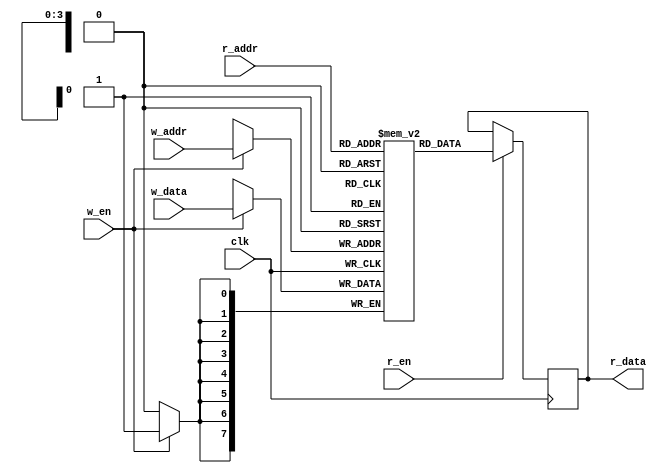
// Inferred block RAM

module ram  #(
    parameter INIT_FILE = ""
)
(
    // Inputs
    input       clk,
    input       w_en,
    input       r_en,
    input [3:0] w_addr,
    input [3:0] r_addr,
    input [7:0] w_data,

    // Output
    output reg [7:0] r_data
    );

    // Memory block, 8 bits wide, 16 bytes deep
    reg [7:0] mem [0:15];

    // Interact with the memory block
    always @ (posedge clk) begin

        // Write
        if (w_en == 1'b1)
            mem[w_addr] <= w_data;

        // Read
        if (r_en == 1'b1)
            r_data <= mem[r_addr];
    end

    initial if (INIT_FILE) begin
        $readmemh(INIT_FILE, mem);
    end

endmodule